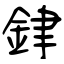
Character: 銉